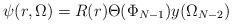
LaTeX: \begin{align*}\psi(r,\Omega)=R(r)\Theta(\Phi_{N-1})y(\Omega_{N-2})\end{align*}